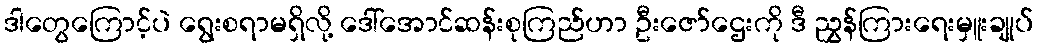
ဒါတွေကြောင့်ပဲ ရွေးစရာမရှိလို့ ဒေါ်အောင်ဆန်းစုကြည်ဟာ ဦးဇော်ဌေးကို ဒီ ညွှန်ကြားရေးမှူးချုပ်